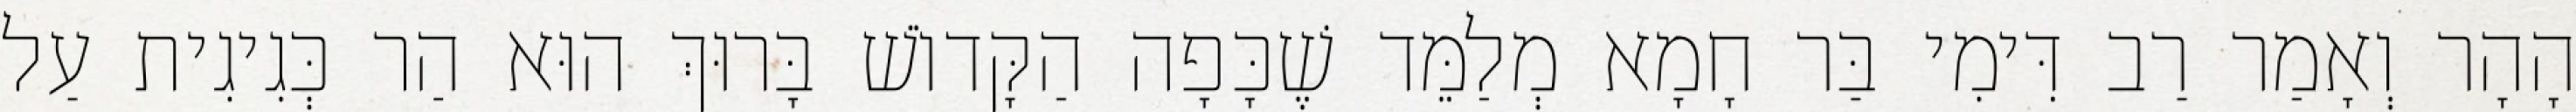
הָהָר וְאָמַר רַב דִּימִי בַּר חָמָא מְלַמֵּד שֶׁכָּפָה הַקָּדוֹשׁ בָּרוּךְ הוּא הַר כְּגִיגִית עַל